Report on horse surra - Volume I
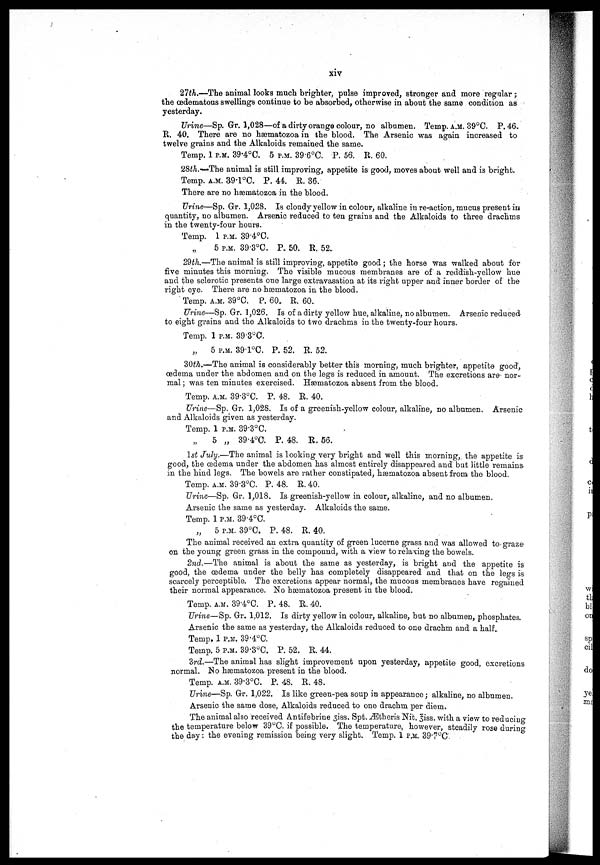
xiv
27th.—The animal looks much brighter, pulse improved, stronger and more regular ;
the œdematous swellings continue to be absorbed, otherwise in about the same condition as
yesterday.
Urine—Sp. Gr. 1,028—of a dirty orange colour, no albumen. Temp. A.M. 39°C. P. 46.
R. 40. There are no hæmatozoa in the blood. The Arsenic was again increased to
twelve grains and the Alkaloids remained the same.
Temp. 1 P.M. 39.4°C. 5 P.M. 39.6°C. P. 56. R. 60.
28th. The animal is still improving, appetite is good, moves about well and is bright.
Temp. A.M. 39.l°C. P. 44. R. 36.
There are no hæmatozoa in the blood.
Urine—Sp. Gr. 1,028. Is cloudy yellow in colour, alkaline in re-action, mucus present in
quantity, no albumen. Arsenic reduced to ten grains and the Alkaloids to three drachms
in the twenty-four hours.
Temp. 1 P.M. 39.4°C.
5 P.M. 39.3°C. P. 50. R. 52.
29th.—The animal is still improving, appetite good ; the horse was walked about for
five minutes this morning. The visible mucous membranes are of a reddish-yellow hue
and the sclerotic presents one large extravasation at its right upper and inner border of the
right eye. There are no hæmatozoa in the blood.
Temp. A.M. 39°C. P. 60. R. 60.
Urine—Sp. Gr. 1,026. Is of a dirty yellow hue, alkaline, no albumen. Arsenic reduced
to eight grains and the Alkaloids to two drachms in the twenty-four hours.
Temp. 1 P.M. 39.3°C.
„
5 P.M. 39 1°C. P. 52. R. 52.
30th.—The animal is considerably better this morning, much brighter, appetite good,
œdema under the abdomen and on the legs is reduced in amount. The excretions are nor-
mal ; was ten minutes exercised. Hæmatozoa absent from the blood.
Temp. A.M. 39.3°C. P. 48. R. 40.
Urine—Sp. Gr. 1,028. Is of a greenish-yellow colour, alkaline, no albumen. Arsenic
and Alkaloids given as yesterday.
Temp. 1 P.M. 39.3°C.
„
5 „ 39.4°C. P. 48. R. 66.
1st July.—The animal is looking very bright and well this morning, the appetite is
good, the œdema under the abdomen has almost entirely disappeared and but little remains
in the hind legs. The bowels are rather constipated, hæmatozoa absent from the blood.
Temp. A.M. 39.3°C. P. 48. R.40.
Urine—Sp. Gr. 1,018. Is greenish-yellow in colour, alkaline, and no albumen.
Arsenic the same as yesterday. Alkaloids the same.
Temp. 1 P.M. 39.4°C.
„
5 P.M. 39°C. P. 48. R. 40.
The animal received an extra quantity of green lucerne grass and was allowed to graze-
on the young green grass in the compound, with a view to relaxing the bowels.
2nd.—The animal is about the same as yesterday, is bright and the appetite is
good, the œdema under the belly has completely disappeared and that on the legs is
scarcely perceptible. The excretions appear normal, the mucous membranes have regained
their normal appearance. No hæmatozoa present in the blood.
Temp. A.M. 39.4°C. P. 48. R. 40.
Urine—Sp. Gr. 1,012. Is dirty yellow in colour, alkaline, but no albumen, phosphates.
Arsenic the same as yesterday, the Alkaloids reduced to one drachm and a half.
Temp. 1 P.M. 39.4°C.
Temp. 5 P.M. 39.3°C. P. 52. R. 44.
3rd.—The animal has slight improvement upon yesterday, appetite good, excretions
normal. No hæmatozoa present in the blood.
Temp. A.M. 39.3°C. P. 48. R. 48.
Urine—Sp. Gr. 1,022. Is like green-pea soup in appearance; alkaline, no albumen.
Arsenic the same dose, Alkaloids reduced to one drachm per diem.
The animal also received Antifebrine 3iss. Spt. Ætheris Nit. 3iss. with a view to reducing
the temperature below 39°C. if possible. The temperature, however, steadily rose during
the day: the evening remission being very slight. Temp. 1 P.M. 39.7°C.